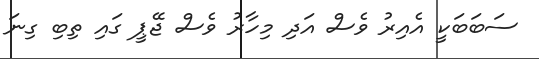
ސަބަބަކީ އެއިރު ވެސް އަދި މިހާރު ވެސް ޖޭޕީ ގައި ތިބި ގިނަ